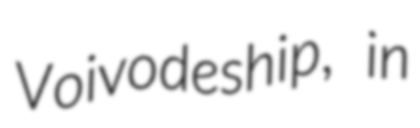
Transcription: Voivodeship, in